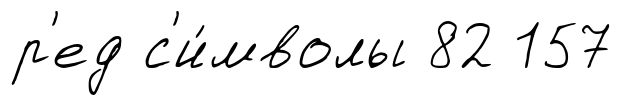
р'ед с'и́мволы 82 157